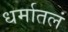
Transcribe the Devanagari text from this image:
धर्मातलं